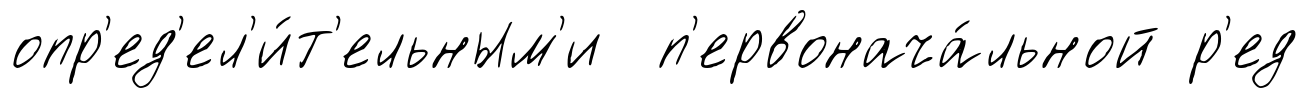
опр'ед'ел'и́т'ельным'и п'ервонача́льной р'ед